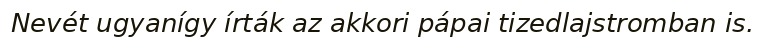
Nevét ugyanígy írták az akkori pápai tizedlajstromban is.